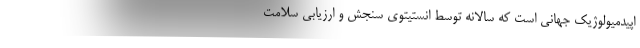
اپیدمیولوژیک جهانی است که سالانه توسط انستیتوی سنجش و ارزیابی سلامت